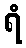
ရံ